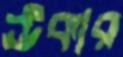
ঊকার